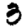
Digit: 3